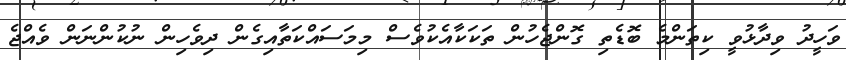
ވަހީދު ވިދާޅުވީ ކިތަންމެ ބޮޑެތި ގޮންޖެހުން ތަކަކާއެކުވެސް މިމަސައްކަތާއިގެން ދިވެހިން ނުކުންނަން ވެއްޖެ